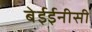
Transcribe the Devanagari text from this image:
बेईईनीसी